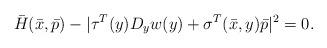
LaTeX: \begin{align*}\bar{H}(\bar{x}, \bar{p}) - |\tau^T(y) D_y w(y)+\sigma^T(\bar{x},y) \bar{p}|^2=0 .\end{align*}